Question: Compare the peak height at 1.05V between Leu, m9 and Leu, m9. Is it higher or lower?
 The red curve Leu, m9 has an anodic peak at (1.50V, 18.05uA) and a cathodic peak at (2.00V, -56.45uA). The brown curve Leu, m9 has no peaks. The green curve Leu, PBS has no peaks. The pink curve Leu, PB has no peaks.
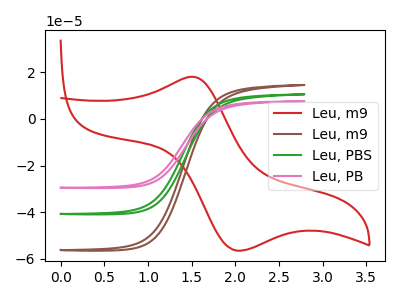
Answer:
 <answer>"Leu, m9" and "Leu, m9" dont share a peak at 1.05V.</answer>
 <eval>mismatch</eval>